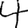
Digit: 4